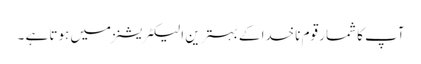
آپ کا شمار قوم ناخدا کے بہترین الیکٹریشنز میں ہوتا ہے ۔